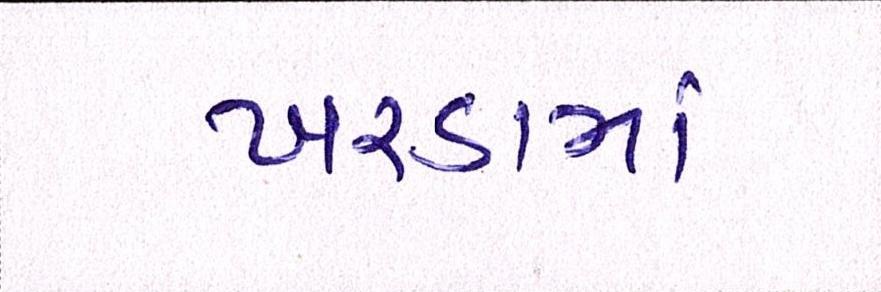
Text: ખરડામાં